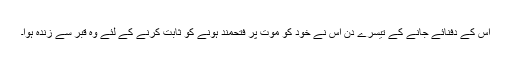
اس کے دفنائے جانے کے تیسرے دن اس نے خود کو موت پر فتحمند ہونے کو ثابت کرنے کے لئے وہ قبر سے زندہ ہوا۔